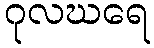
ဂုလဃရေ